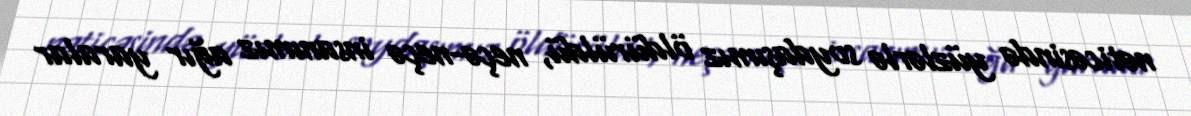
nəticəsində yüzlərlə soydaşımız öldürüldü, neçə-neçə insanımız ağır yaralar